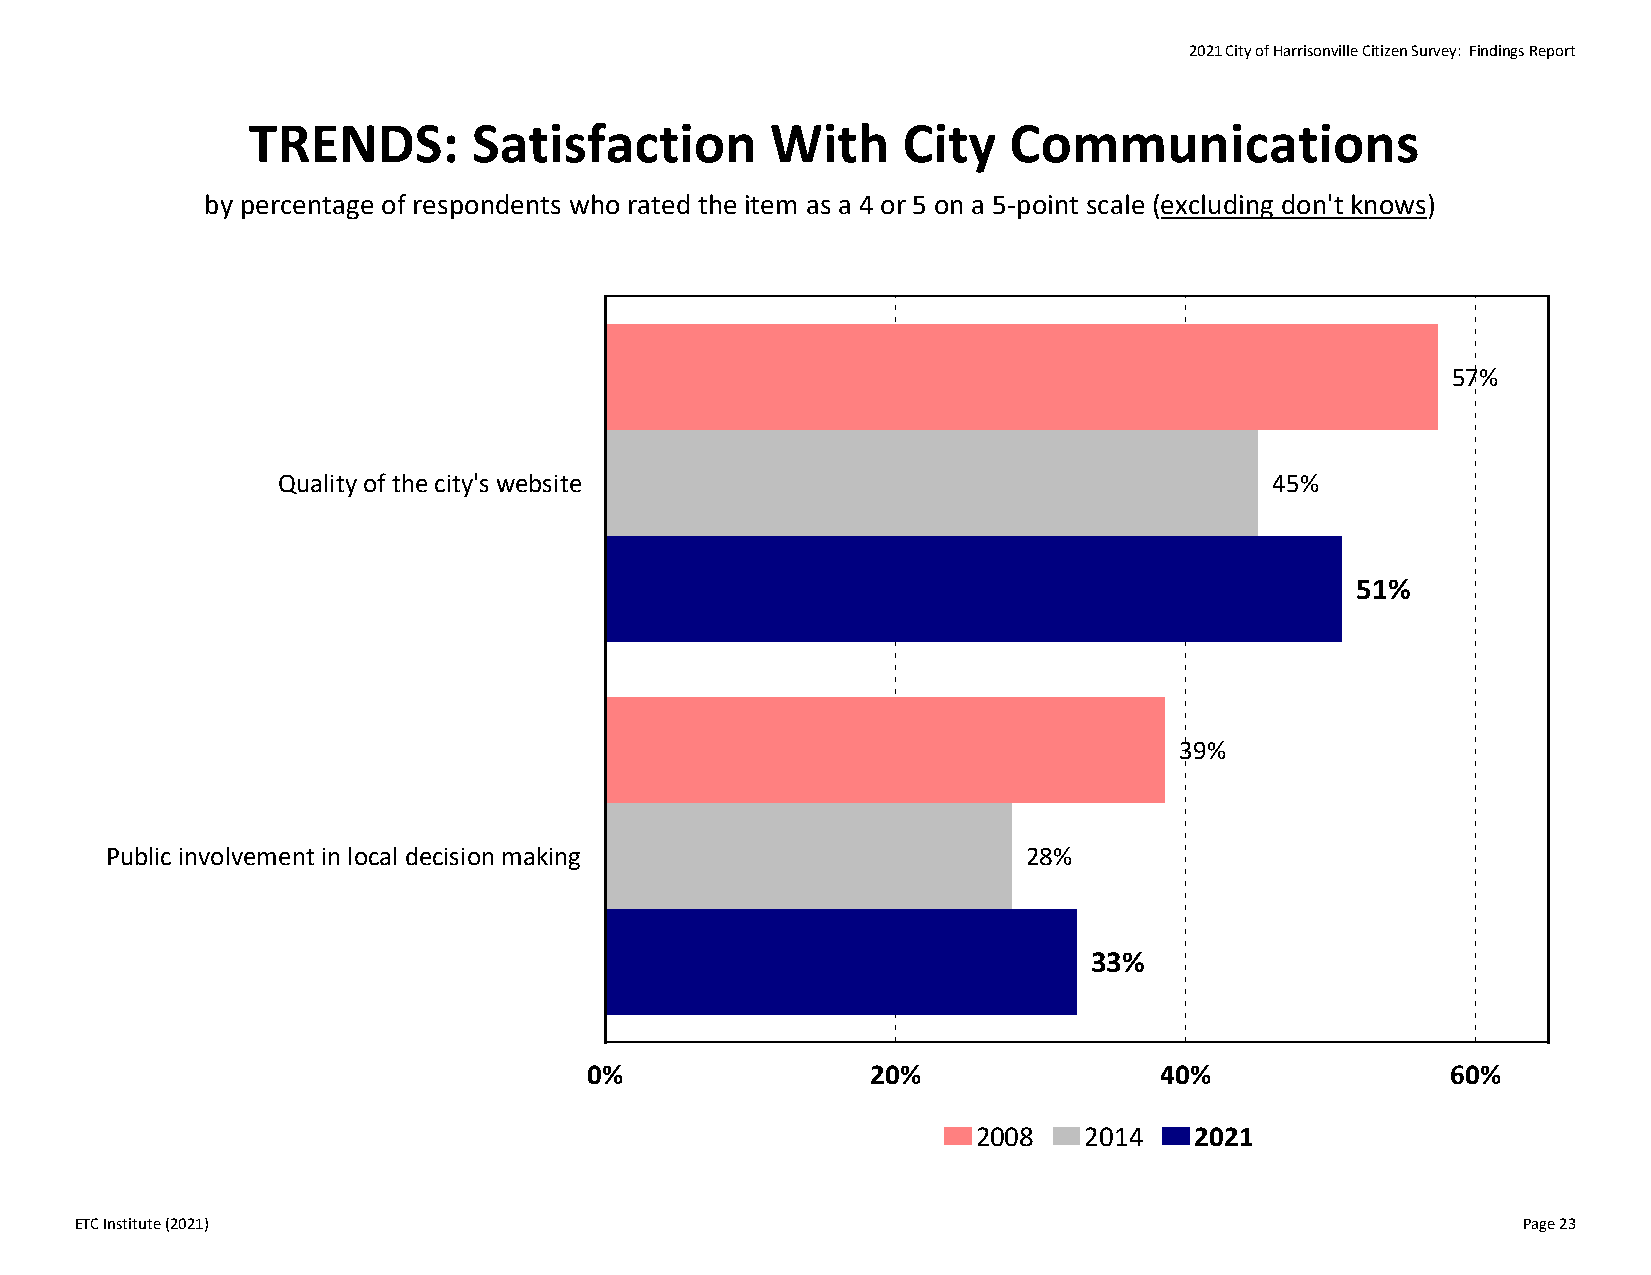
2021 City of Harrisonville Citizen Survey: Findings Report
 TRENDS:        Satisfaction        With     City   Communications
 by percentage of respondents who rated the item as a 4 or 5 on a 5‐point scale (excluding don't knows)
 57%
 Quality of the city's website                                     45%
 51%
 39%
 Public involvement in local decision making                  28%
 33%
 0%                 20%                40%                60%
 2008   2014   2021
 ETC Institute (2021)                                                                            Page 23